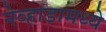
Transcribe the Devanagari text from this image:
नेव्हाडामध्ये